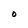
Character: 0